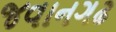
જવાનગઢ